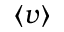
\langle v \rangle